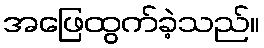
အဖြေထွက်ခဲ့သည်။